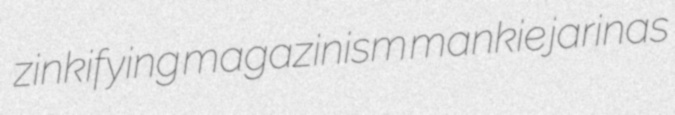
zinkifying magazinism mankie jarinas